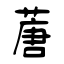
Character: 蓎